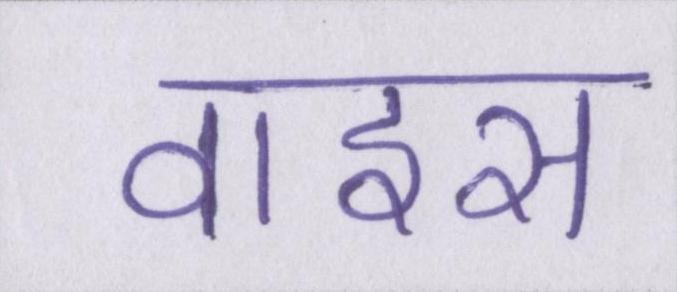
वाइस